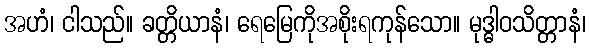
အဟံ၊ ငါသည်။ ခတ္တိယာနံ၊ ရေမြေကိုအစိုးရကုန်သော။ မုဒ္ဓါဝသိတ္တာနံ၊